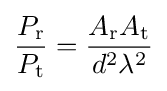
{\frac {P_{\text{r}}}{P_{\text{t}}}}={\frac {A_{\text{r}}A_{\text{t}}}{d^{2}\lambda ^{2}}}